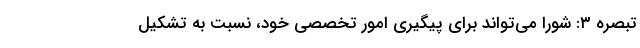
تبصره ۳: شورا می‌تواند برای پیگیری امور تخصصی خود، نسبت به تشکیل